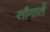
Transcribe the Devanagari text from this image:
सौगातें